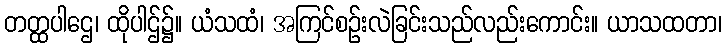
တတ္ထပါဌေ၊ ထိုပါဌ်၌။ ယံသထံ၊ အကြင်စဉ်းလဲခြင်းသည်လည်းကောင်း။ ယာသထတာ၊